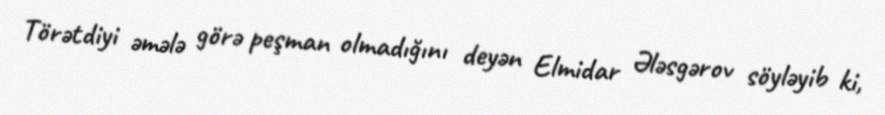
Törətdiyi əmələ görə peşman olmadığını deyən Elmidar Ələsgərov söyləyib ki,